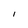
Character: l